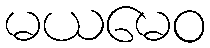
မယမေဝ